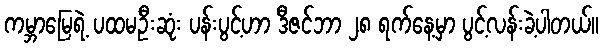
ကမ္ဘာမြေရဲ့ ပထမဦးဆုံး ပန်းပွင့်ဟာ ဒီဇင်ဘာ ၂၈ ရက်နေ့မှာ ပွင့်လန်းခဲ့ပါတယ်။